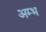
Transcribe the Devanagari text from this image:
अम्भ